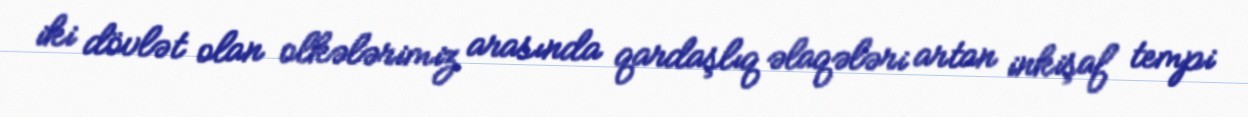
iki dövlət olan olkələrimiz arasında qardaşlıq əlaqələri artan inkişaf tempi